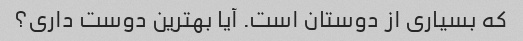
که بسیاری از دوستان است. آیا بهترین دوست داری؟